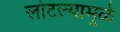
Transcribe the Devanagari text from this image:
लोटल्यामुळे